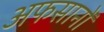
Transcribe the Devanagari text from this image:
अफसानों